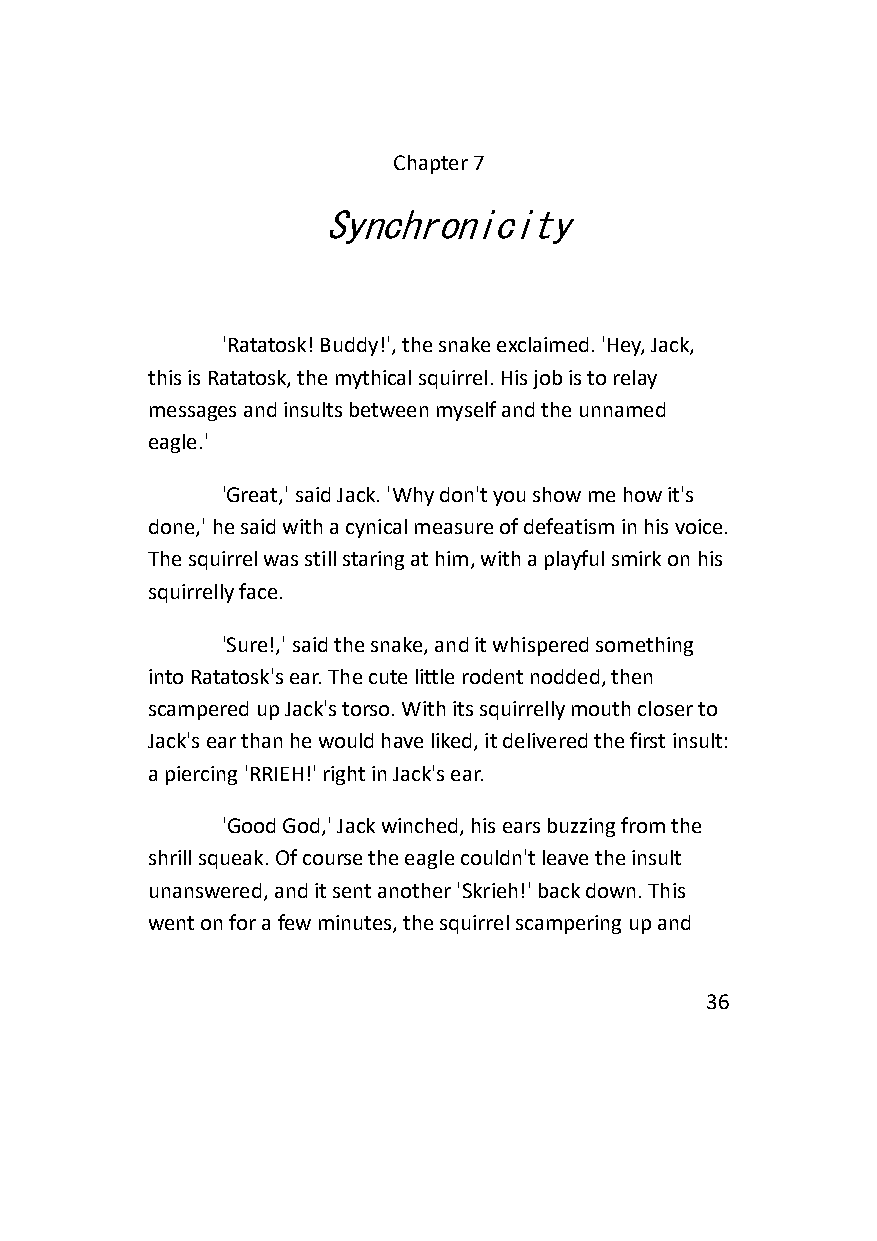
Chapter 7
 Synchronicity
 'Ratatosk! Buddy!', the snake exclaimed. 'Hey, Jack,
 this is Ratatosk, the mythical squirrel. His job is to relay
 messages and insults between myself and the unnamed
 eagle.'
 'Great,' said Jack. 'Why don't you show me how it's
 done,' he said with a cynical measure of defeatism in his voice.
 The squirrel was still staring at him, with a playful smirk on his
 squirrelly face.
 'Sure!,' said the snake, and it whispered something
 into Ratatosk's ear. The cute little rodent nodded, then
 scampered up Jack's torso. With its squirrelly mouth closer to
 Jack's ear than he would have liked, it delivered the first insult:
 a piercing 'RRIEH!' right in Jack's ear.
 'Good God,' Jack winched, his ears buzzing from the
 shrill squeak. Of course the eagle couldn't leave the insult
 unanswered, and it sent another 'Skrieh!' back down. This
 went on for a few minutes, the squirrel scampering up and
 36